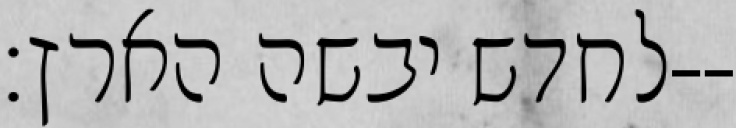
לחדש יבשה הארץ׃--